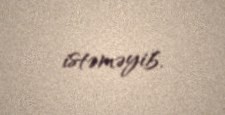
istəməyib.